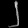
Digit: ၂